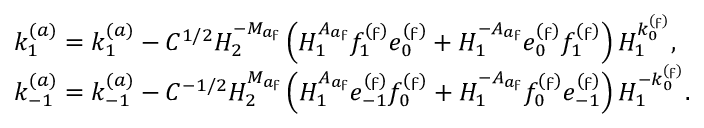
\begin{array} { r l } & { k _ { 1 } ^ { ( a ) } = k _ { 1 } ^ { ( a ) } - C ^ { 1 / 2 } H _ { 2 } ^ { - M _ { a \digamma } } \left( H _ { 1 } ^ { A _ { a \digamma } } f _ { 1 } ^ { ( \digamma ) } e _ { 0 } ^ { ( \digamma ) } + H _ { 1 } ^ { - A _ { a \digamma } } e _ { 0 } ^ { ( \digamma ) } f _ { 1 } ^ { ( \digamma ) } \right) H _ { 1 } ^ { k _ { 0 } ^ { ( \digamma ) } } , } \\ & { k _ { - 1 } ^ { ( a ) } = k _ { - 1 } ^ { ( a ) } - C ^ { - 1 / 2 } H _ { 2 } ^ { M _ { a \digamma } } \left( H _ { 1 } ^ { A _ { a \digamma } } e _ { - 1 } ^ { ( \digamma ) } f _ { 0 } ^ { ( \digamma ) } + H _ { 1 } ^ { - A _ { a \digamma } } f _ { 0 } ^ { ( \digamma ) } e _ { - 1 } ^ { ( \digamma ) } \right) H _ { 1 } ^ { - k _ { 0 } ^ { ( \digamma ) } } . } \end{array}